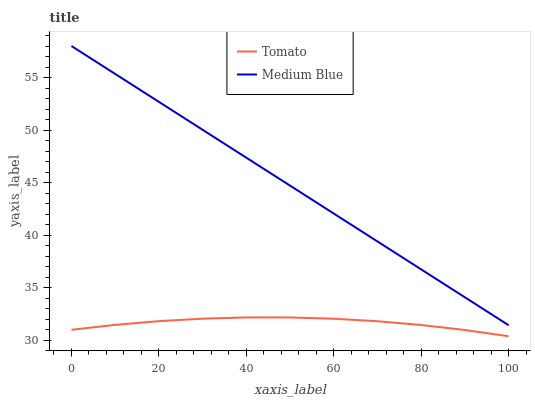
| xaxis_label | Tomato | Medium Blue |
 | --- | --- | --- |
 | 0 | 31 | 58 |
 | 10 | 31.5 | 55.3 |
 | 20 | 31.8 | 52.7 |
 | 30 | 32 | 50 |
 | 40 | 32.2 | 47.4 |
 | 50 | 32.2 | 44.7 |
 | 60 | 32 | 42.1 |
 | 70 | 31.8 | 39.4 |
 | 80 | 31.4 | 36.7 |
 | 90 | 31 | 34.1 |
 | 100 | 30.4 | 31.4 |